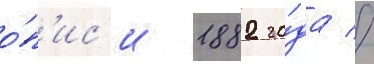
о́п'ис'и 1882 го́да //